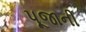
પૂજાની